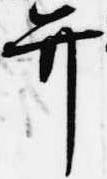
弁